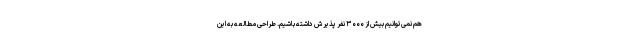
هم نمی‌توانیم بیش از ۳۰۰۰ نفر پذیرش داشته باشیم. طراحی مطالعه به این